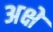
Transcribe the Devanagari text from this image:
अक्षे